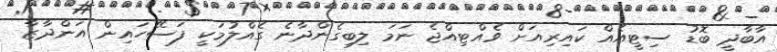
އާބާދީ ބޮޑު ސިޓީއެއް ކައިރިއަށް ވެއްޓިއްޖެ ނަމަ ލިބިގެންދާނެ ގެއްލުމަކީ ފަސޭހައިން އަންދާޒާ